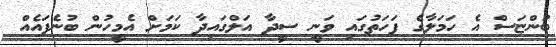
ބުންޏަސް އެ ހަމަލާގެ ފަހަތުގައި ވަނީ ސީދާ އަލްގައިދާ ކަމަށް އެމީހުން ބުނެފައެއް